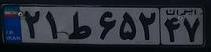
۲۱ط۶۵۲۴۷